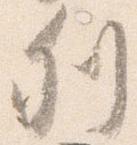
列